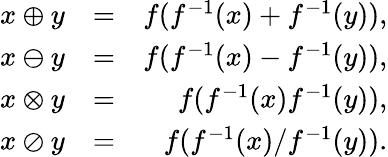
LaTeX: \begin{array}{rlr}{x\oplus y}&{=}&{f(f^{-1}(x)+f^{-1}(y)),}\\ {x\ominus y}&{=}&{f(f^{-1}(x)-f^{-1}(y)),}\\ {x\otimes y}&{=}&{f(f^{-1}(x)f^{-1}(y)),}\\ {x\oslash y}&{=}&{f(f^{-1}(x)/f^{-1}(y)).}\end{array}